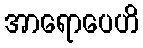
အာရောပေဟိ